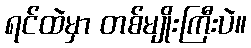
ရင်ထဲမှာ တစ်မျိုးကြီးပဲ။